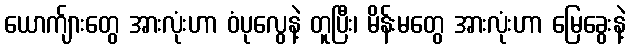
ယောက်ျားတွေ အားလုံးဟာ ဝံပုလွေနဲ့ တူပြီး၊ မိန်းမတွေ အားလုံးဟာ မြေခွေးနဲ့